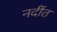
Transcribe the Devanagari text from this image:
नदींत